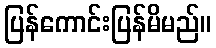
ပြန်ကောင်းပြန်မိမည်။